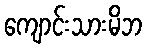
ကျောင်းသားမိဘ